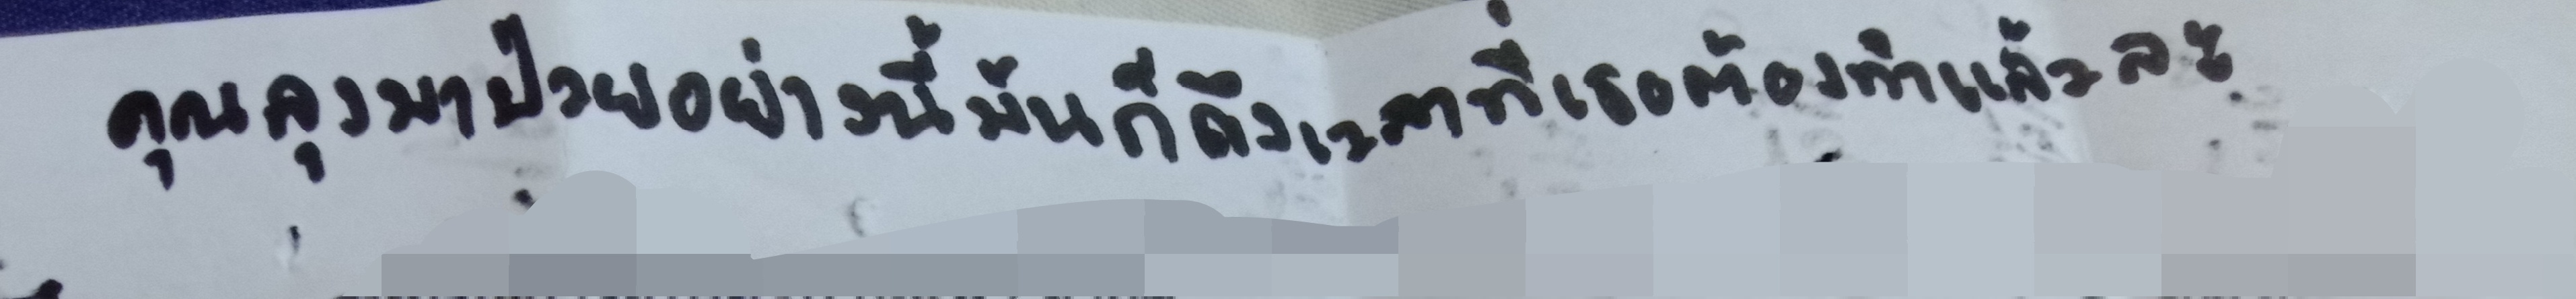
คุณลุงมาป่วยอย่างนี้มันก็ถึงเวลาที่เธอต้องทำแล้วละ